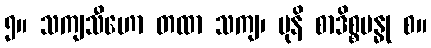
၅။ သကျသီဟော တထာ သကျ၊ မုနိ စာဒိစ္စဗန္ဓု စ။